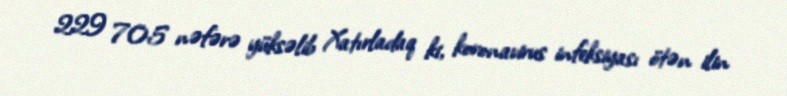
229 705 nəfərə yüksəlib Xatırladaq ki, koronavirus infeksiyası ötən ilin